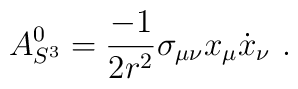
A_{S^{3}}^{0}={\frac{-1}{2r^{2}}}\sigma _{\mu \nu }x_{\mu }\dot{x}_{\nu }\ .